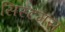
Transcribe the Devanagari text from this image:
सिस्टमस